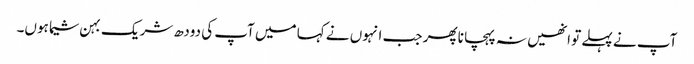
آپ نے پہلے تو انھیں نہ پہچانا پھر جب انہوں نے کہا میں آپ کی دودھ شریک بہن شیما ہوں۔